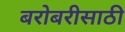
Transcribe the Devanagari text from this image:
बरोबरीसाठी